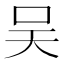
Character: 吴